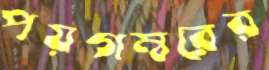
পয়গম্বরের